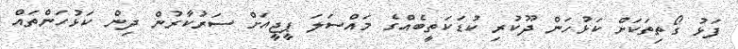
ފަޅު ގޯތިތަކަށް ކަޅުހަން ދޫކުރި ކުޑަކަތީބެއްގެ މައްސަލަ ޕީޖީއަށް ސަރުކާރުން ދިން ކަޅުހަންތައް